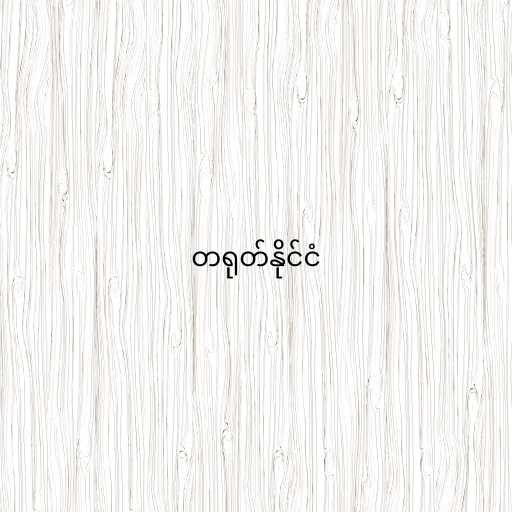
တရုတ်နိုင်ငံ